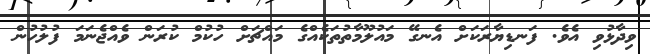
ވިދާޅުވި އެވެ. ފަނޑިޔާރަކަށް އެނގޭ މައުލޫމާތުތަކެއްގެ މައްޗަށް ހުކުމް ކުރަން ވެއްޖެނަމަ ފުލުހުން